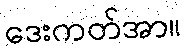
ဒေးကတ်အာ။